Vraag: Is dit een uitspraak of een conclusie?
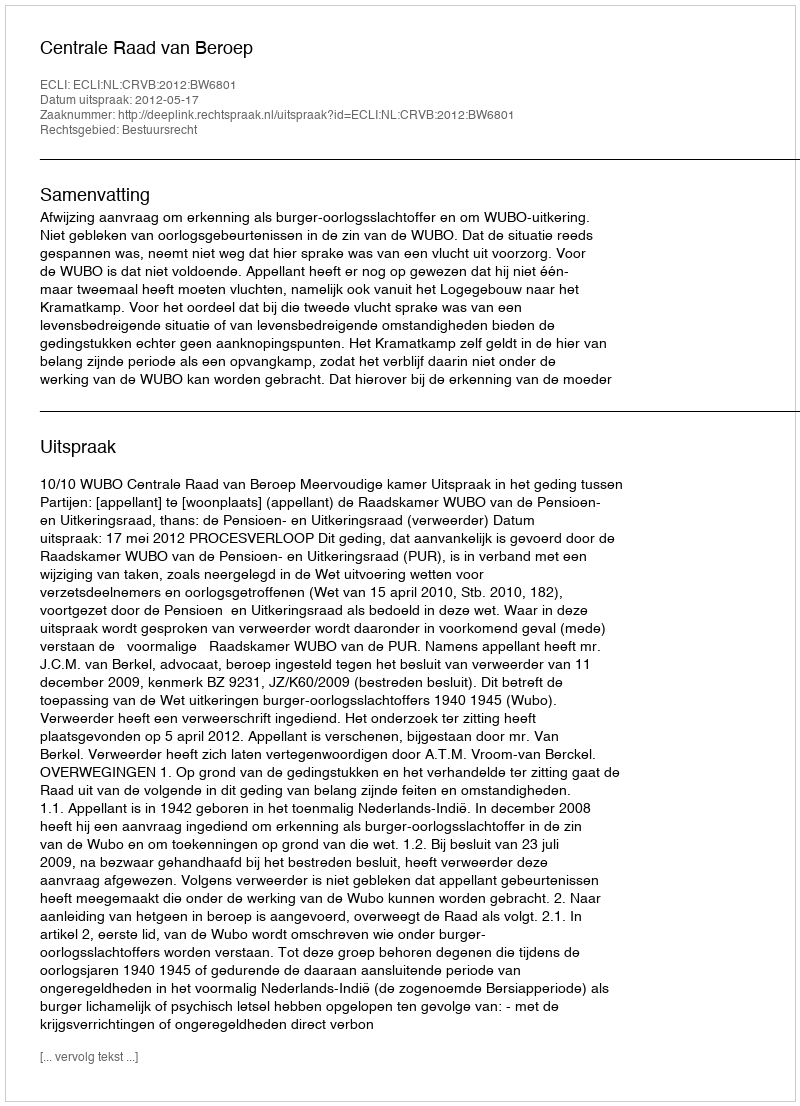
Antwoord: Uitspraak